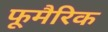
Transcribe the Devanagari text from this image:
फूमैरिक